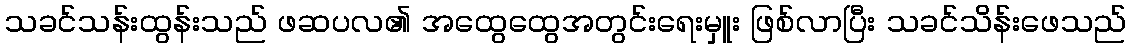
သခင်သန်းထွန်းသည် ဖဆပလ၏ အထွေထွေအတွင်းရေးမှူး ဖြစ်လာပြီး သခင်သိန်းဖေသည်